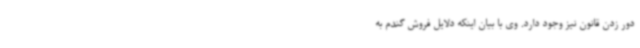
دور زدن قانون نیز وجود دارد. وی با بیان اینکه دلایل فروش گندم به